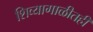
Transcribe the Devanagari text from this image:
शिव्यागाळीतही